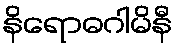
နိရောဓဂါမိနီ